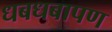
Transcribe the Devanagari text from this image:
धबधबापण